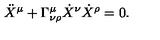
\ddot { X } ^ { \mu } + \Gamma _ { \nu \rho } ^ { \mu } \dot { X } ^ { \nu } \dot { X } ^ { \rho } = 0 .